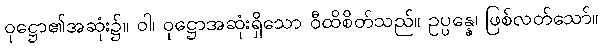
ဝုဋ္ဌော၏အဆုံး၌။ ဝါ၊ ဝုဋ္ဌောအဆုံးရှိသော ဝီထိစိတ်သည်။ ဥပ္ပန္နေ၊ ဖြစ်လတ်သော်။